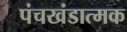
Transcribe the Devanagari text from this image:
पंचखंडात्मक